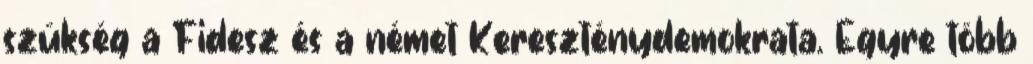
szükség a Fidesz és a német Kereszténydemokrata. Egyre több